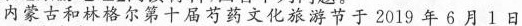
内蒙古和林格尔第十届芍药文化旅游节于2019年6月1日